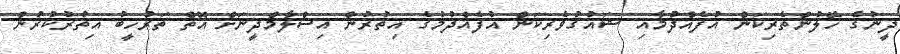
ދީނުގެ ހޭލުންތެރިކަން އުފެއްދުމާއި ޝައުގުވެރިކަން އުފެއްދުމުގެ އިތުރުން އިސްލާމްދީނަށް އޮތް ތަރުހީބު އިތުރުކުރުން